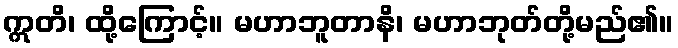
ဣတိ၊ ထို့ကြောင့်။ မဟာဘူတာနိ၊ မဟာဘုတ်တို့မည်၏။